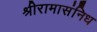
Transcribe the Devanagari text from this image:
श्रीरामासंनिध